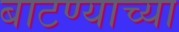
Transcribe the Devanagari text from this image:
बाटण्याच्या